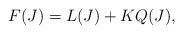
LaTeX: \begin{align*}F(J)=L(J)+K Q(J),\end{align*}